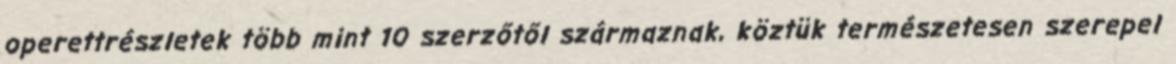
operettrészletek több mint 10 szerzőtől származnak, köztük természetesen szerepel